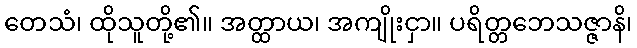
တေသံ၊ ထိုသူတို့၏။ အတ္ထာယ၊ အကျိုးငှာ။ ပရိတ္တဘေသဇ္ဇာနိ၊